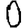
Digit: 0